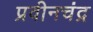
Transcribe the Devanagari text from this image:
प्रवीनचंद्र